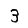
Digit: 3